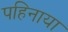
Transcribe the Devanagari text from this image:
पहिनाया